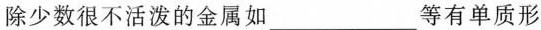
除少数很不活泼的金属如___等有单质形